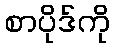
စာပိုဒ်ကို